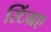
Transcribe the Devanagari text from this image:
स्टिंग्रए